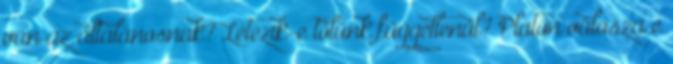
van az általánosnak? Létezik-e tőlünk függetlenül? Platón válasza e